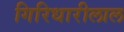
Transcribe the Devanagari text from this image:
गिरिधारीलाल